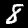
Label: 8